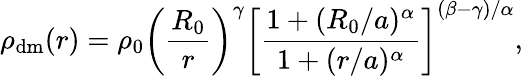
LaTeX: \rho_{\mathrm{{dm}}}(r)=\rho_{0}\left(\frac{R_{0}}{r}\right)^{\gamma}\left[\frac{1+(R_{0}/a)^{\alpha}}{1+(r/a)^{\alpha}}\right]^{(\beta-\gamma)/\alpha},